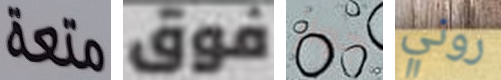
متعة فوق جواز روني